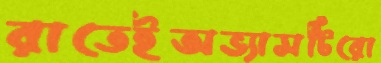
রাতেইঅভ্যাসটিরো